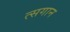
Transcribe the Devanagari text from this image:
त्सगान